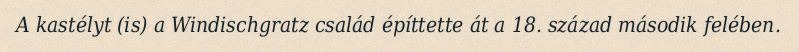
A kastélyt (is) a Windischgratz család építtette át a 18. század második felében.